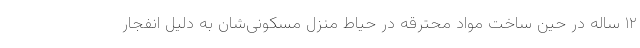
۱۲ ساله در حین ساخت مواد محترقه در حیاط منزل مسکونی‌شان به دلیل انفجار